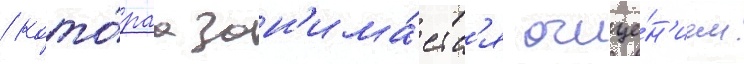
/ кото́раа зан'има́етс'я очище́н'ием